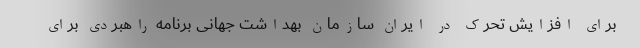
برای افزایش تحرک در ایران سازمان بهداشت جهانی برنامه راهبردی برای